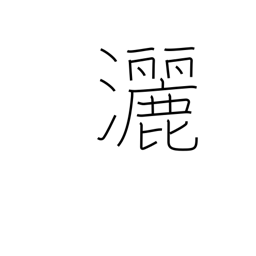
Meaning: free and easy